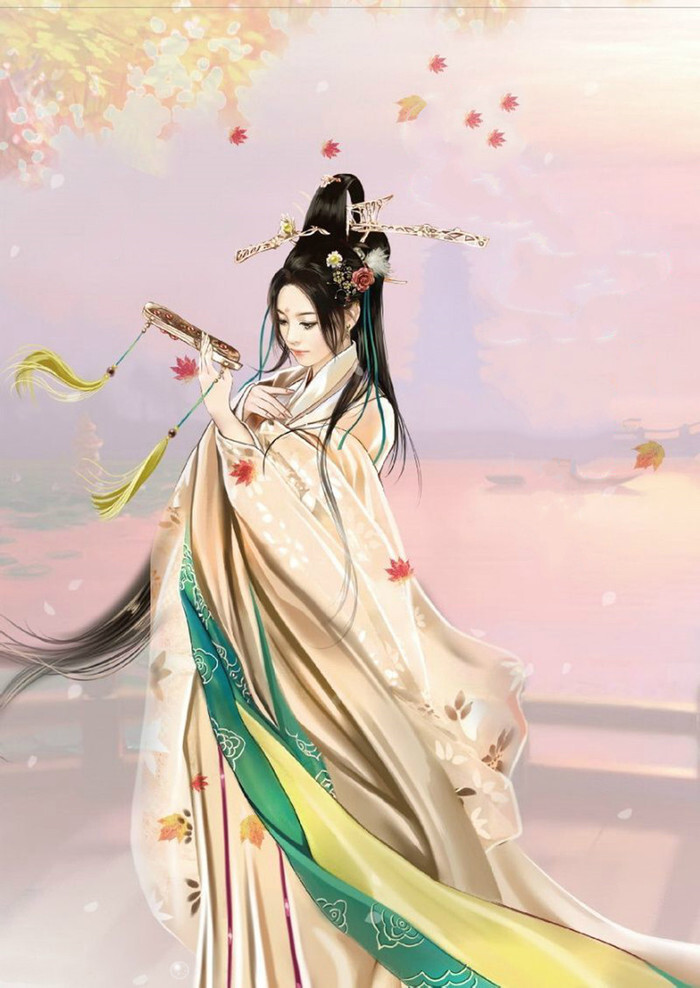
玉容寂寞泪阑干，梨花一枝春带雨。